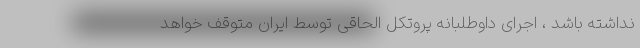
نداشته باشد ، اجرای داوطلبانه پروتکل الحاقی توسط ایران متوقف خواهد